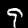
Label: 9